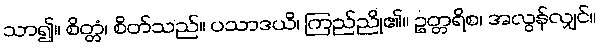
သာ၍။ စိတ္တံ၊ စိတ်သည်။ ပသာဒယိ၊ ကြည်ညို၏။ ဥတ္တရိစ၊ အလွန်လျှင်။